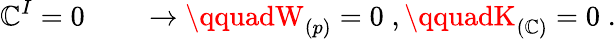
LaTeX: \mathbb{C}^{I}=0\qquad\rightarrow\qquadW_{(p)}=0\; ,\qquadK_{(\mathbb{C})}=0\; .